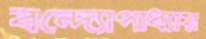
বন্দ্যোপাধ্যায়